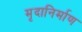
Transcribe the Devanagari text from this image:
मृदानिर्माण